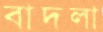
বাদলা